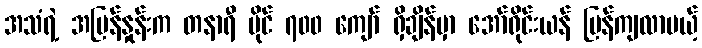
အသံရဲ့ အမြန်နှုန်းက တနာရီ မိုင် ၇၀၀ ကျော် ရှိချိန်မှာ အော်ရိုင်းယန် ပြန်ကျလာမယ့်